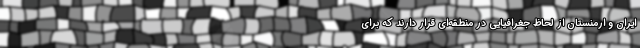
ایران و ارمنستان از لحاظ جغرافیایی در منطقه‌ای قرار دارند که برای